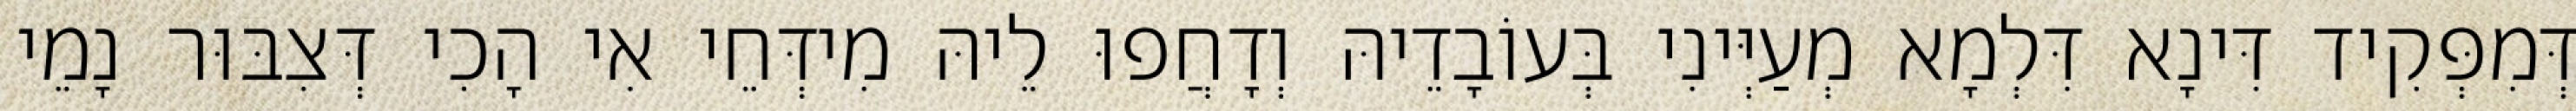
דְּמִפְּקִיד דִּינָא דִּלְמָא מְעַיְּינִי בְּעוֹבָדֵיהּ וְדָחֲפוּ לֵיהּ מִידְּחֵי אִי הָכִי דְּצִבּוּר נָמֵי